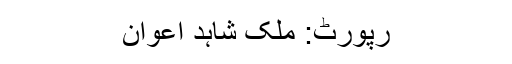
رپورٹ: ملک شاہد اعوان